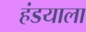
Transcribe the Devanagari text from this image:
हंडयाला